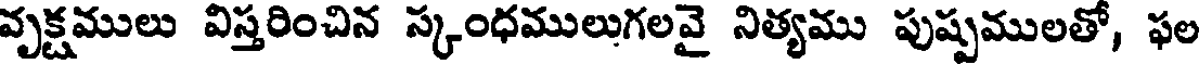
వృక్షములు విస్తరించిన స్కంధములుగలవై నిత్యము పుష్పములతో, ఫల